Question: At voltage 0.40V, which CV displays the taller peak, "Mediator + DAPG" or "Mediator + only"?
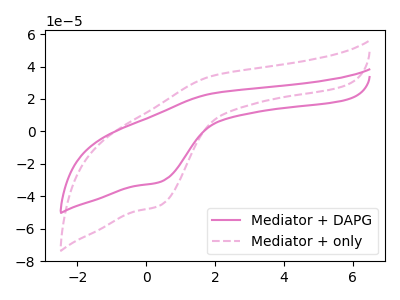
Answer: <think>The pink curve "Mediator + DAPG" has an anodic peak at (1.90V, 23.35uA) and a cathodic peak at (0.40V, -31.20uA). The pink dashed curve "Mediator + only" has an anodic peak at (1.90V, 34.20uA) and a cathodic peak at (0.40V, -45.65uA).</think>
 <answer>The peak at 0.40V is lower in "Mediator + DAPG" than in "Mediator + only".</answer>
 <eval>lower</eval>